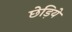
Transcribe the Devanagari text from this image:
छेड़िये